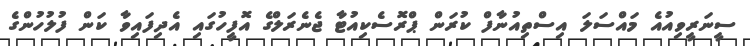
ސީނަރީވިއުއެ މައްސަލަ އިސްތިއުނާފް ކުރަން ޕްރޮސެކިއުޓާ ޖެނެރަލްގެ އޮފީހުގައި އެދިފައިވާ ކަން ފުލުހުންގެ